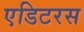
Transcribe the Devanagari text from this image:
एडिटरस